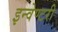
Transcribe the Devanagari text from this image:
इन्वेण्टरी